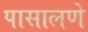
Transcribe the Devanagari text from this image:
पासालणे